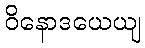
ဝိနောဒယေယျ